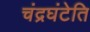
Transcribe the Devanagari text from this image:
चंद्रघंटेति